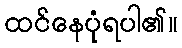
ထင်နေပုံရပါ၏။